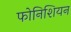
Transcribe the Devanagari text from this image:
फोनिशियन